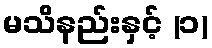
မသိနည်းနှင့် (၁)